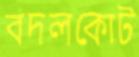
বদলকোট